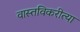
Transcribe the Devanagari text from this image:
वास्तविकरीत्या